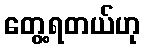
တွေ့ရတယ်ဟု